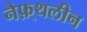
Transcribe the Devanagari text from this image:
नैफ़्थलीन